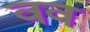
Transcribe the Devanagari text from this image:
वव